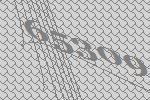
65309